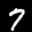
Label: 7